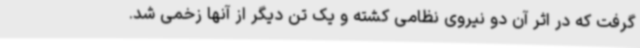
گرفت که در اثر آن دو نیروی نظامی کشته و یک تن دیگر از آنها زخمی شد.